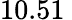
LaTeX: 10.51\